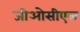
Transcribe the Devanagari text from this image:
जीओसीएल